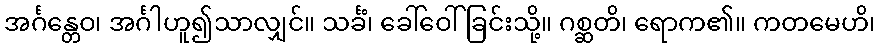
အင်္ဂန္တေဝ၊ အင်္ဂါဟူ၍သာလျှင်။ သင်္ခံ၊ ခေါ်ဝေါ်ခြင်းသို့။ ဂစ္ဆတိ၊ ရောက၏။ ကတမေဟိ၊